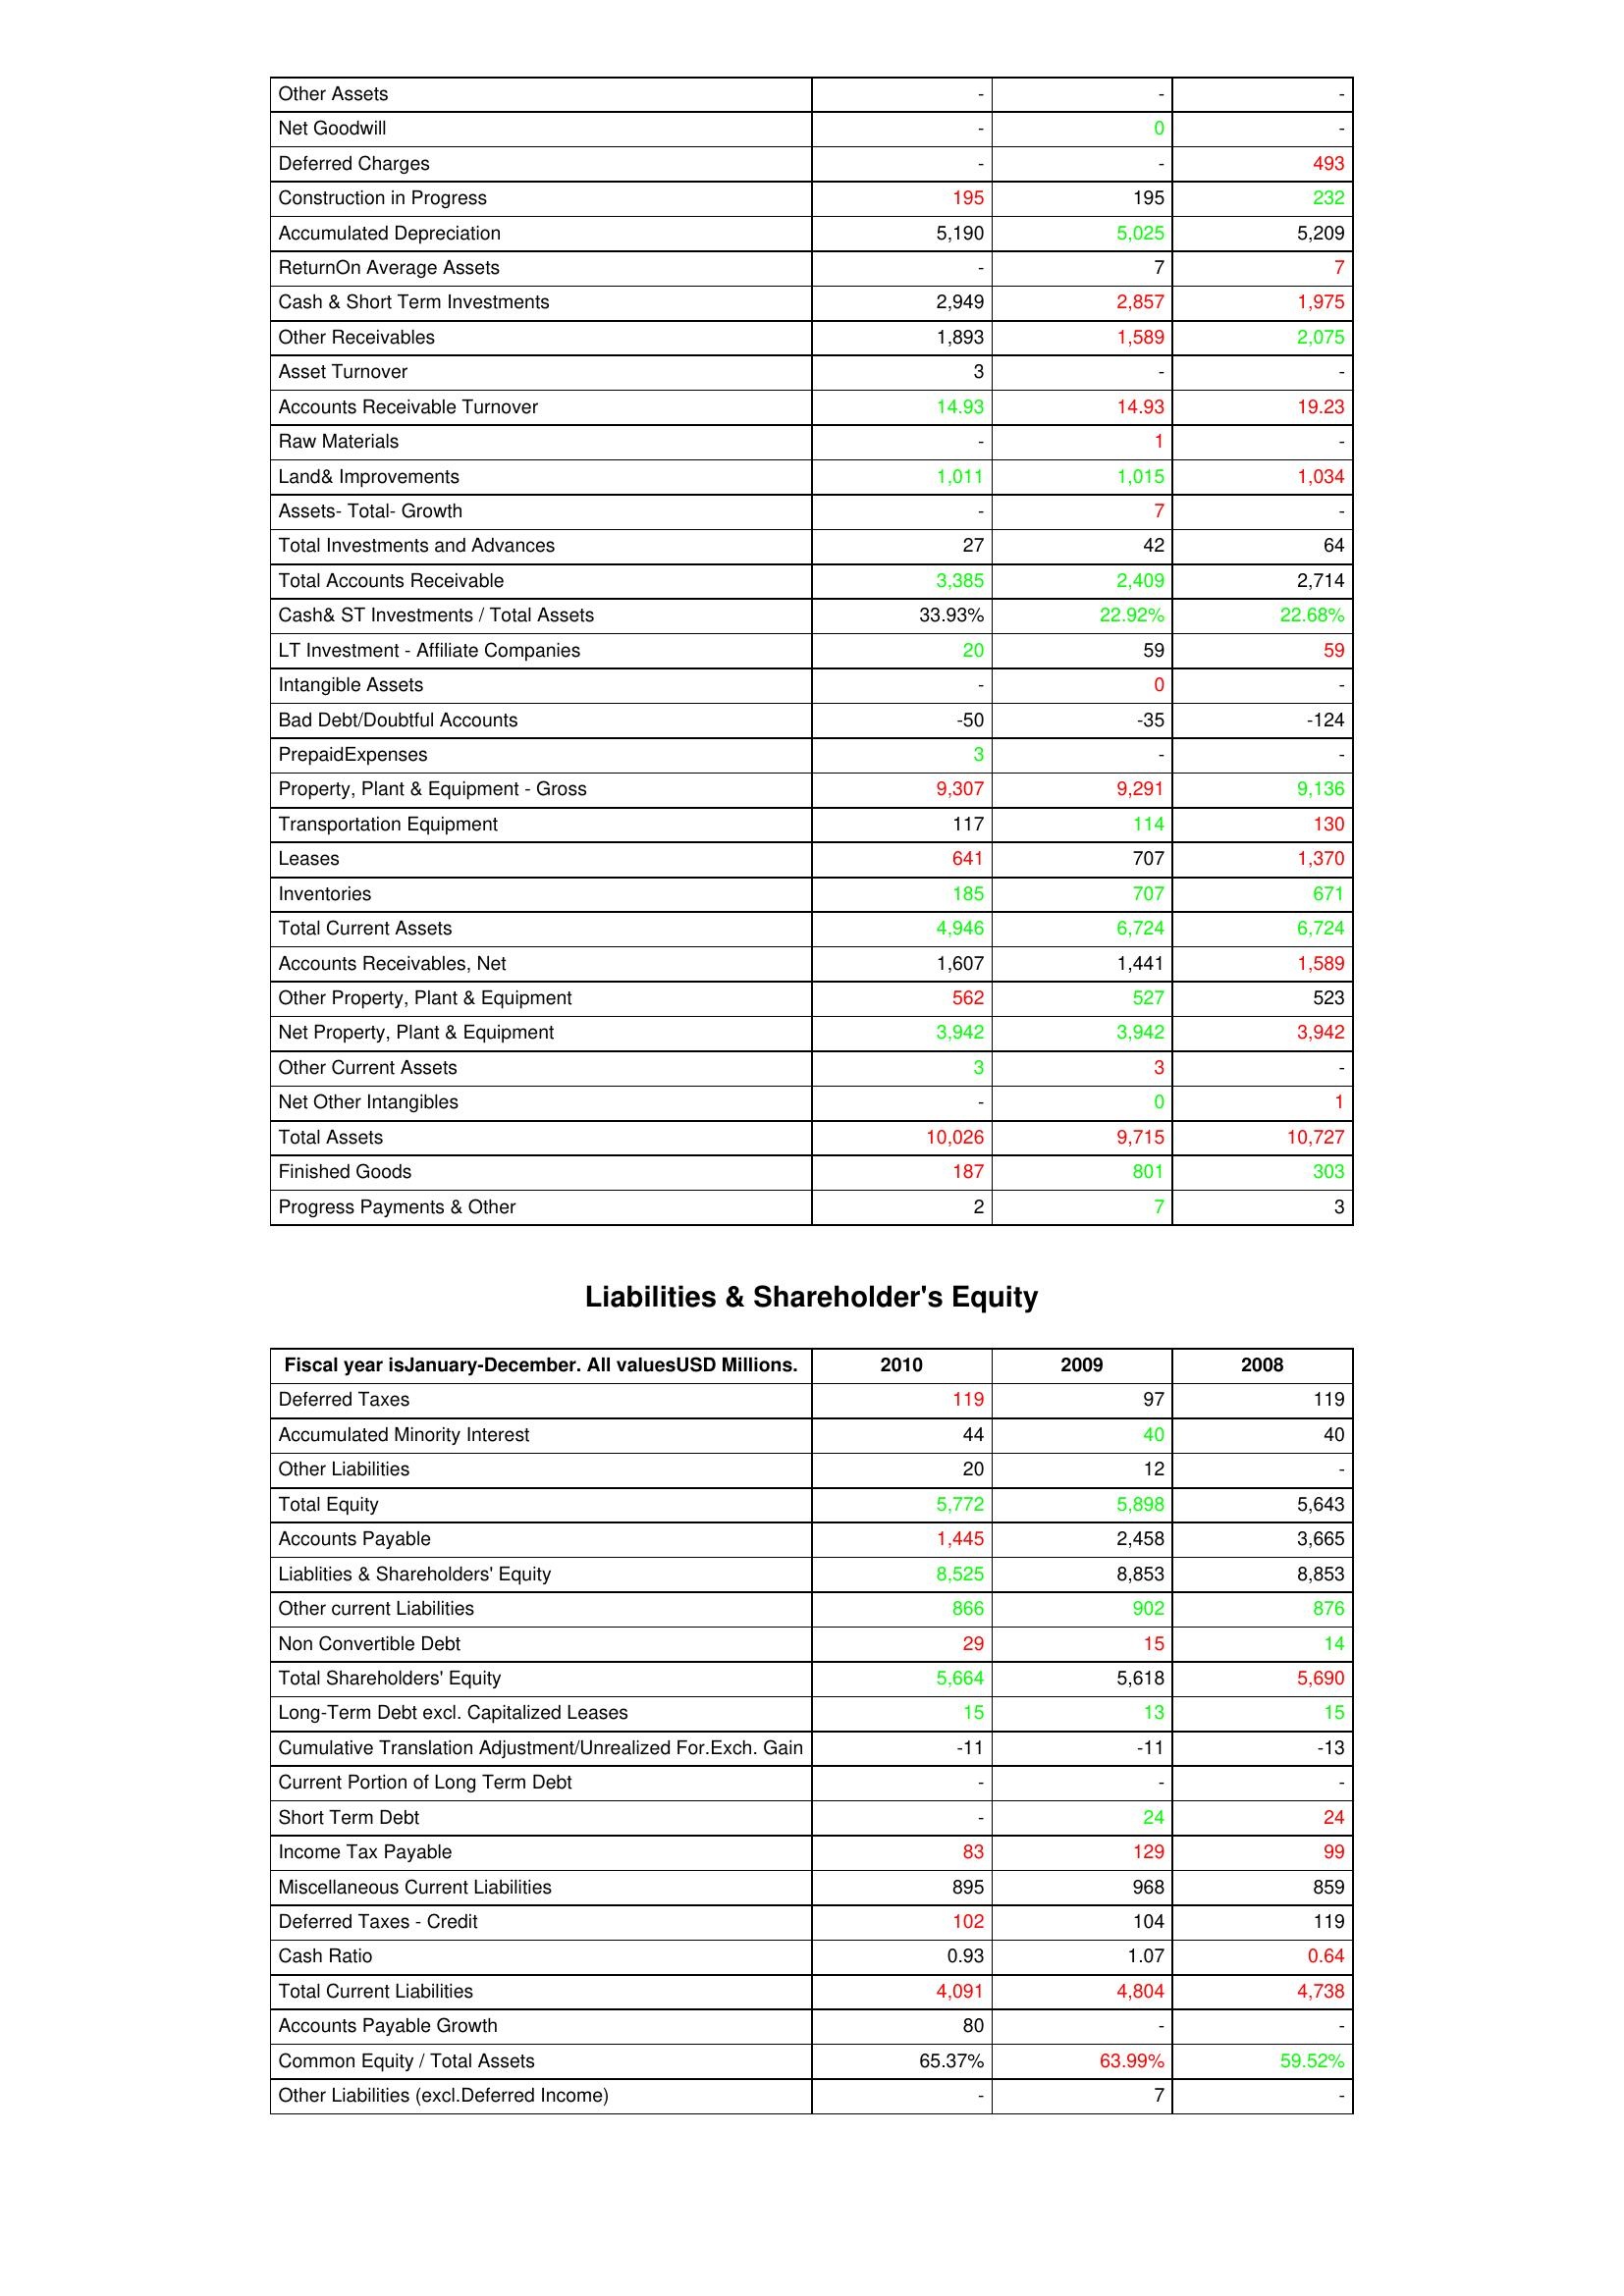
gt_parse: 2010: Assets: Other Assets: -
Net Goodwill: -
Deferred Charges: -
Construction in Progress: 195
Accumulated Depreciation: 5,190
ReturnOn Average Assets: -
Cash & Short Term Investments: 2,949
Other Receivables: 1,893
Asset Turnover: 3
Accounts Receivable Turnover: 14.93
Raw Materials: -
Land& Improvements: 1,011
Assets- Total- Growth: -
Total Investments and Advances: 27
Total Accounts Receivable: 3,385
Cash& ST Investments / Total Assets: 33.93%
LT Investment - Affiliate Companies: 20
Intangible Assets: -
Bad Debt/Doubtful Accounts: -50
PrepaidExpenses: 3
Property, Plant & Equipment - Gross : 9,307
Transportation Equipment: 117
Leases: 641
Inventories: 185
Total Current Assets: 4,946
Accounts Receivables, Net: 1,607
Other Property, Plant & Equipment: 562
Net Property, Plant & Equipment: 3,942
Other Current Assets: 3
Net Other Intangibles: -
Total Assets: 10,026
Finished Goods: 187
Progress Payments & Other: 2
Liabilities & Shareholder's Equity: Deferred Taxes: 119
Accumulated Minority Interest: 44
Other Liabilities: 20
Total Equity: 5,772
Accounts Payable: 1,445
Liablities & Shareholders' Equity: 8,525
Other current Liabilities: 866
Non Convertible Debt: 29
Total Shareholders' Equity: 5,664
Long-Term Debt excl. Capitalized Leases: 15
Cumulative Translation Adjustment/Unrealized For.Exch. Gain: -11
Current Portion of Long Term Debt: -
Short Term Debt: -
Income Tax Payable: 83
Miscellaneous Current Liabilities: 895
Deferred Taxes - Credit: 102
Cash Ratio: 0.93
Total Current Liabilities: 4,091
Accounts Payable Growth: 80
Common Equity / Total Assets: 65.37%
Other Liabilities (excl.Deferred Income): -
2009: Assets: Other Assets: -
Net Goodwill: 0
Deferred Charges: -
Construction in Progress: 195
Accumulated Depreciation: 5,025
ReturnOn Average Assets: 7
Cash & Short Term Investments: 2,857
Other Receivables: 1,589
Asset Turnover: -
Accounts Receivable Turnover: 14.93
Raw Materials: 1
Land& Improvements: 1,015
Assets- Total- Growth: 7
Total Investments and Advances: 42
Total Accounts Receivable: 2,409
Cash& ST Investments / Total Assets: 22.92%
LT Investment - Affiliate Companies: 59
Intangible Assets: 0
Bad Debt/Doubtful Accounts: -35
PrepaidExpenses: -
Property, Plant & Equipment - Gross : 9,291
Transportation Equipment: 114
Leases: 707
Inventories: 707
Total Current Assets: 6,724
Accounts Receivables, Net: 1,441
Other Property, Plant & Equipment: 527
Net Property, Plant & Equipment: 3,942
Other Current Assets: 3
Net Other Intangibles: 0
Total Assets: 9,715
Finished Goods: 801
Progress Payments & Other: 7
Liabilities & Shareholder's Equity: Deferred Taxes: 97
Accumulated Minority Interest: 40
Other Liabilities: 12
Total Equity: 5,898
Accounts Payable: 2,458
Liablities & Shareholders' Equity: 8,853
Other current Liabilities: 902
Non Convertible Debt: 15
Total Shareholders' Equity: 5,618
Long-Term Debt excl. Capitalized Leases: 13
Cumulative Translation Adjustment/Unrealized For.Exch. Gain: -11
Current Portion of Long Term Debt: -
Short Term Debt: 24
Income Tax Payable: 129
Miscellaneous Current Liabilities: 968
Deferred Taxes - Credit: 104
Cash Ratio: 1.07
Total Current Liabilities: 4,804
Accounts Payable Growth: -
Common Equity / Total Assets: 63.99%
Other Liabilities (excl.Deferred Income): 7
2008: Assets: Other Assets: -
Net Goodwill: -
Deferred Charges: 493
Construction in Progress: 232
Accumulated Depreciation: 5,209
ReturnOn Average Assets: 7
Cash & Short Term Investments: 1,975
Other Receivables: 2,075
Asset Turnover: -
Accounts Receivable Turnover: 19.23
Raw Materials: -
Land& Improvements: 1,034
Assets- Total- Growth: -
Total Investments and Advances: 64
Total Accounts Receivable: 2,714
Cash& ST Investments / Total Assets: 22.68%
LT Investment - Affiliate Companies: 59
Intangible Assets: -
Bad Debt/Doubtful Accounts: -124
PrepaidExpenses: -
Property, Plant & Equipment - Gross : 9,136
Transportation Equipment: 130
Leases: 1,370
Inventories: 671
Total Current Assets: 6,724
Accounts Receivables, Net: 1,589
Other Property, Plant & Equipment: 523
Net Property, Plant & Equipment: 3,942
Other Current Assets: -
Net Other Intangibles: 1
Total Assets: 10,727
Finished Goods: 303
Progress Payments & Other: 3
Liabilities & Shareholder's Equity: Deferred Taxes: 119
Accumulated Minority Interest: 40
Other Liabilities: -
Total Equity: 5,643
Accounts Payable: 3,665
Liablities & Shareholders' Equity: 8,853
Other current Liabilities: 876
Non Convertible Debt: 14
Total Shareholders' Equity: 5,690
Long-Term Debt excl. Capitalized Leases: 15
Cumulative Translation Adjustment/Unrealized For.Exch. Gain: -13
Current Portion of Long Term Debt: -
Short Term Debt: 24
Income Tax Payable: 99
Miscellaneous Current Liabilities: 859
Deferred Taxes - Credit: 119
Cash Ratio: 0.64
Total Current Liabilities: 4,738
Accounts Payable Growth: -
Common Equity / Total Assets: 59.52%
Other Liabilities (excl.Deferred Income): -